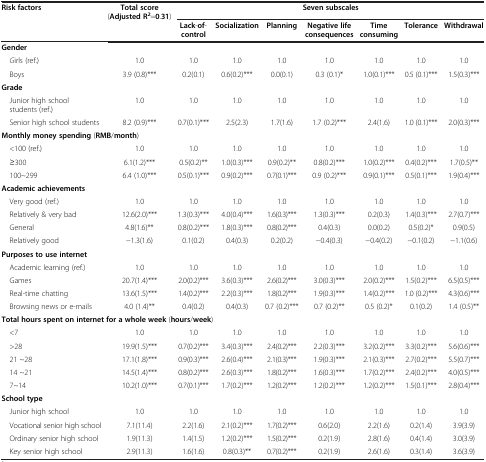
<table><thead><tr><td rowspan="2"><b>Risk factors</b></td><td rowspan="2"><b>Total score (Adjusted R<sup>2</sup>=0.31)</b></td><td colspan="7"><b>Seven subscales</b></td></tr><tr><td><b>Lack-of- control</b></td><td><b>Socialization</b></td><td><b>Planning</b></td><td><b>Negative life consequences</b></td><td><b>Time consuming</b></td><td><b>Tolerance</b></td><td><b>Withdrawal</b></td></tr></thead><tbody><tr><td colspan="9"><b>Gender</b></td></tr><tr><td> <i>G</i>irls (ref.)</td><td>1.0</td><td>1.0</td><td>1.0</td><td>1.0</td><td>1.0</td><td>1.0</td><td>1.0</td><td>1.0</td></tr><tr><td> Boys</td><td>3.9 (0.8)***</td><td>0.2(0.1)</td><td>0.6(0.2)***</td><td>0.0(0.1)</td><td>0.3 (0.1)*</td><td>1.0(0.1)***</td><td>0.5 (0.1)***</td><td>1.5(0.3)***</td></tr><tr><td colspan="9"><b>Grade</b></td></tr><tr><td> Junior high schoolstudents (ref.)</td><td>1.0</td><td>1.0</td><td>1.0</td><td>1.0</td><td>1.0</td><td>1.0</td><td>1.0</td><td>1.0</td></tr><tr><td> Senior high school students</td><td>8.2 (0.9)***</td><td>0.7(0.1)***</td><td>2.5(2.3)</td><td>1.7(1.6)</td><td>1.7 (0.2)***</td><td>2.4(1.6)</td><td>1.0 (0.1)***</td><td>2.0(0.3)***</td></tr><tr><td colspan="9"><b>Monthly money spending </b>(<b>RMB</b>/<b>month</b>)</td></tr><tr><td> &lt;100 (ref.)</td><td>1.0</td><td>1.0</td><td>1.0</td><td>1.0</td><td>1.0</td><td>1.0</td><td>1.0</td><td>1.0</td></tr><tr><td> ≥300</td><td>6.1(1.2)***</td><td>0.5(0.2)**</td><td>1.0(0.3)***</td><td>0.9(0.2)**</td><td>0.8(0.2)***</td><td>1.0(0.2)***</td><td>0.4(0.2)***</td><td>1.7(0.5)**</td></tr><tr><td> 100~299</td><td>6.4 (1.0)***</td><td>0.5(0.1)***</td><td>0.9(0.2)***</td><td>0.7(0.1)***</td><td>0.9 (0.2)***</td><td>0.9(0.1)***</td><td>0.5(0.1)***</td><td>1.9(0.4)***</td></tr><tr><td colspan="9"><b>Academic achievements</b></td></tr><tr><td> Very good (ref.)</td><td>1.0</td><td>1.0</td><td>1.0</td><td>1.0</td><td>1.0</td><td>1.0</td><td>1.0</td><td>1.0</td></tr><tr><td> Relatively &amp; very bad</td><td>12.6(2.0)***</td><td>1.3(0.3)***</td><td>4.0(0.4)***</td><td>1.6(0.3)***</td><td>1.3(0.3)***</td><td>0.2(0.3)</td><td>1.4(0.3)***</td><td>2.7(0.7)***</td></tr><tr><td> General</td><td>4.8(1.6)**</td><td>0.8(0.2)***</td><td>1.8(0.3)***</td><td>0.8(0.2)***</td><td>0.4(0.3)</td><td>0.0(0.2)</td><td>0.5(0.2)*</td><td>0.9(0.5)</td></tr><tr><td> Relatively good</td><td>−1.3(1.6)</td><td>0.1(0.2)</td><td>0.4(0.3)</td><td>0.2(0.2)</td><td>−0.4(0.3)</td><td>−0.4(0.2)</td><td>−0.1(0.2)</td><td>−1.1(0.6)</td></tr><tr><td colspan="9"><b>Purposes to use internet</b></td></tr><tr><td> Academic learning (ref.)</td><td>1.0</td><td>1.0</td><td>1.0</td><td>1.0</td><td>1.0</td><td>1.0</td><td>1.0</td><td>1.0</td></tr><tr><td> Games</td><td>20.7(1.4)***</td><td>2.0(0.2)***</td><td>3.6(0.3)***</td><td>2.6(0.2)***</td><td>3.0(0.3)***</td><td>2.0(0.2)***</td><td>1.5(0.2)***</td><td>6.5(0.5)***</td></tr><tr><td> Real-time chatting</td><td>13.6(1.5)***</td><td>1.4(0.2)***</td><td>2.2(0.3)***</td><td>1.8(0.2)***</td><td>1.9(0.3)***</td><td>1.4(0.2)***</td><td>1.0 (0.2)***</td><td>4.3(0.6)***</td></tr><tr><td> Browsing news or e-mails</td><td>4.0 (1.4)**</td><td>0.4(0.2)</td><td>0.4(0.3)</td><td>0.7 (0.2)***</td><td>0.7 (0.2)**</td><td>0.5 (0.2)*</td><td>0.1(0.2)</td><td>1.4 (0.5)**</td></tr><tr><td colspan="9"><b>Total hours spent on internet for a whole week</b> (<b>hours</b>/<b>week</b>)</td></tr><tr><td> &lt;7</td><td>1.0</td><td>1.0</td><td>1.0</td><td>1.0</td><td>1.0</td><td>1.0</td><td>1.0</td><td>1.0</td></tr><tr><td> &gt;28</td><td>19.9(1.5)***</td><td>0.7(0.2)***</td><td>3.4(0.3)***</td><td>2.4(0.2)***</td><td>2.2(0.3)***</td><td>3.2(0.2)***</td><td>3.3(0.2)***</td><td>5.6(0.6)***</td></tr><tr><td> 21 ~28</td><td>17.1(1.8)***</td><td>0.9(0.3)***</td><td>2.6(0.4)***</td><td>2.1(0.3)***</td><td>1.9(0.3)***</td><td>2.1(0.3)***</td><td>2.7(0.2)***</td><td>5.5(0.7)***</td></tr><tr><td> 14 ~21</td><td>14.5(1.4)***</td><td>0.8(0.2)***</td><td>2.6(0.3)***</td><td>1.8(0.2)***</td><td>1.6(0.3)***</td><td>1.7(0.2)***</td><td>2.4(0.2)***</td><td>4.0(0.5)***</td></tr><tr><td> 7~14</td><td>10.2(1.0)***</td><td>0.7(0.1)***</td><td>1.7(0.2)***</td><td>1.2(0.2)***</td><td>1.2(0.2)***</td><td>1.2(0.2)***</td><td>1.5(0.1)***</td><td>2.8(0.4)***</td></tr><tr><td colspan="9"><b>School type</b></td></tr><tr><td> Junior high school</td><td>1.0</td><td>1.0</td><td>1.0</td><td>1.0</td><td>1.0</td><td>1.0</td><td>1.0</td><td>1.0</td></tr><tr><td> Vocational senior high school</td><td>7.1(11.4)</td><td>2.2(1.6)</td><td>2.1(0.2)***</td><td>1.7(0.2)***</td><td>0.6(2.0)</td><td>2.2(1.6)</td><td>0.2(1.4)</td><td>3.9(3.9)</td></tr><tr><td> Ordinary senior high school</td><td>1.9(11.3)</td><td>1.4(1.5)</td><td>1.2(0.2)***</td><td>1.5(0.2)***</td><td>0.2(1.9)</td><td>2.8(1.6)</td><td>0.4(1.4)</td><td>3.0(3.9)</td></tr><tr><td> Key senior high school</td><td>2.9(11.3)</td><td>1.6(1.6)</td><td>0.8(0.3)**</td><td>0.7(0.2)***</td><td>0.2(1.9)</td><td>2.6(1.6)</td><td>0.3(1.4)</td><td>3.6(3.9)</td></tr></tbody></table>